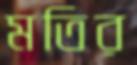
মতির